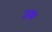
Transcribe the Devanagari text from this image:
उब्ब